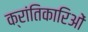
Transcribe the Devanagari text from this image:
क्रांतिकारिओं